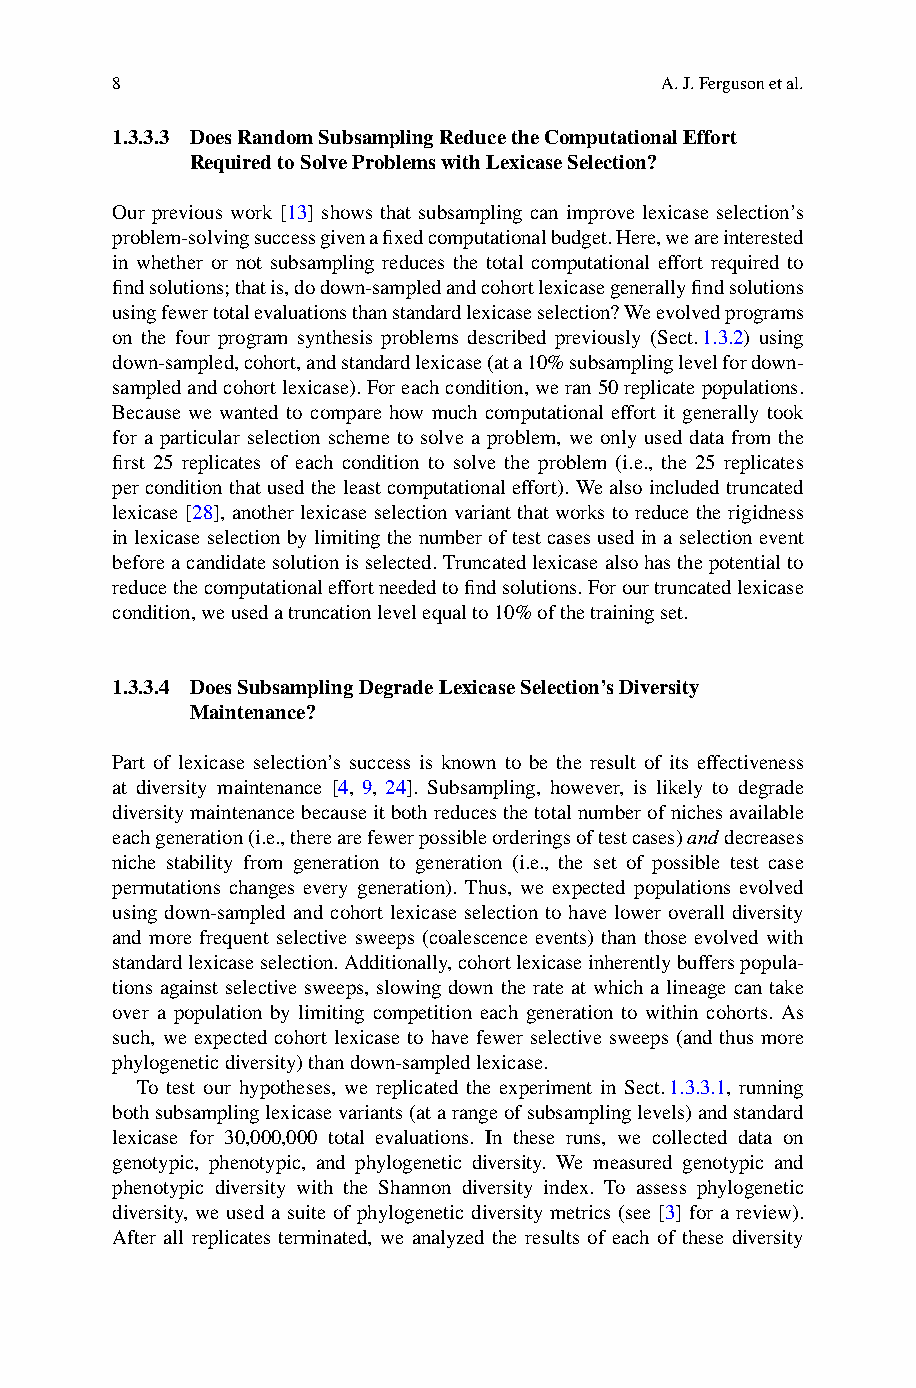
8                                    A.J.Fergusonetal.
 1.3.3.3 DoesRandomSubsamplingReducetheComputationalEffort
 RequiredtoSolveProblemswithLexicaseSelection?
 Our previous work [13] shows that subsampling can improve lexicase selection’s
 problem-solvingsuccessgivenafixedcomputationalbudget.Here,weareinterested
 in whether or not subsampling reduces the total computational effort required to
 findsolutions;thatis,dodown-sampledandcohortlexicasegenerallyfindsolutions
 usingfewertotalevaluationsthanstandardlexicaseselection?Weevolvedprograms
 on the four program synthesis problems described previously (Sect.1.3.2) using
 down-sampled,cohort,andstandardlexicase(ata10%subsamplinglevelfordown-
 sampledandcohortlexicase).Foreachcondition,weran50replicatepopulations.
 Because we wanted to compare how much computational effort it generally took
 for a particular selection scheme to solve a problem, we only used data from the
 first 25 replicates of each condition to solve the problem (i.e., the 25 replicates
 perconditionthatusedtheleastcomputationaleffort).Wealsoincludedtruncated
 lexicase [28], another lexicase selection variant that works to reduce the rigidness
 in lexicase selection by limiting the number of test cases used in a selection event
 beforeacandidatesolutionisselected.Truncatedlexicasealsohasthepotentialto
 reducethecomputationaleffortneededtofindsolutions.Forourtruncatedlexicase
 condition,weusedatruncationlevelequalto10%ofthetrainingset.
 1.3.3.4 DoesSubsamplingDegradeLexicaseSelection’sDiversity
 Maintenance?
 Part of lexicase selection’s success is known to be the result of its effectiveness
 at diversity maintenance [4, 9, 24]. Subsampling, however, is likely to degrade
 diversitymaintenancebecauseitbothreducesthetotalnumberofnichesavailable
 eachgeneration(i.e.,therearefewerpossibleorderingsoftestcases)anddecreases
 niche stability from generation to generation (i.e., the set of possible test case
 permutations changes every generation). Thus, we expected populations evolved
 using down-sampled and cohort lexicase selection to have lower overall diversity
 and more frequent selective sweeps (coalescence events) than those evolved with
 standardlexicaseselection.Additionally,cohortlexicaseinherentlybufferspopula-
 tions against selective sweeps, slowing down the rate at which a lineage can take
 over a population by limiting competition each generation to within cohorts. As
 such, we expected cohort lexicase to have fewer selective sweeps (and thus more
 phylogeneticdiversity)thandown-sampledlexicase.
 To test our hypotheses, we replicated the experiment in Sect.1.3.3.1, running
 bothsubsamplinglexicasevariants(atarangeofsubsamplinglevels)andstandard
 lexicase for 30,000,000 total evaluations. In these runs, we collected data on
 genotypic, phenotypic, and phylogenetic diversity. We measured genotypic and
 phenotypic diversity with the Shannon diversity index. To assess phylogenetic
 diversity, we used a suite of phylogenetic diversity metrics (see [3] for a review).
 After all replicates terminated, we analyzed the results of each of these diversity